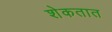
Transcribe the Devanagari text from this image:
शेकतात